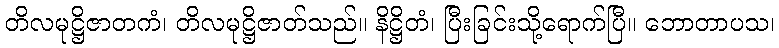
တိလမုဋ္ဌိဇာတကံ၊ တိလမုဋ္ဌိဇာတ်သည်။ နိဋ္ဌိတံ၊ ပြီးခြင်းသို့ရောက်ပြီ။ ဘောတာပသ၊